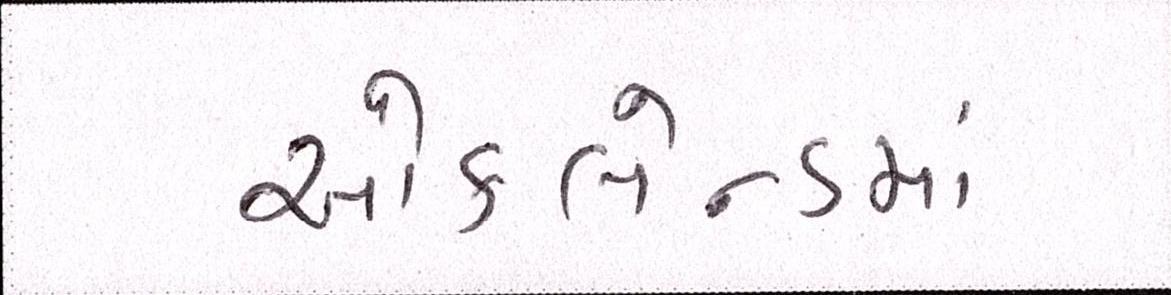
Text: ઑકલેન્ડમાં